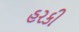
હરકી